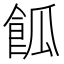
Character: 𩛃